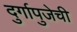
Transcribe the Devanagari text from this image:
दुर्गापुजेची